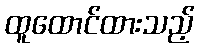
ထူထောင်ထားသည့်